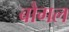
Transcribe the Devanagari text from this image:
बौगल